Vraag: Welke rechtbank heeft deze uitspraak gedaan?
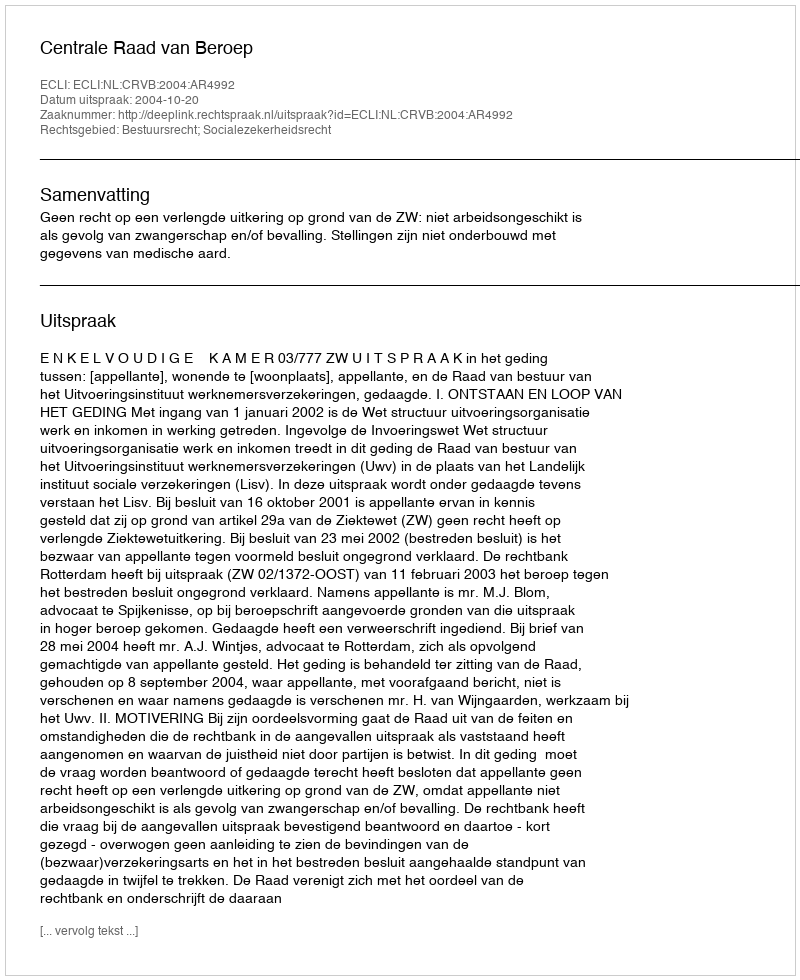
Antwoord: Centrale Raad van Beroep